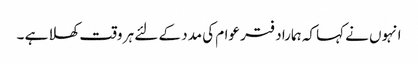
انہوں نے کہا کہ ہمارا دفتر عوام کی مدد کے لئے ہر وقت کھلا ہے ۔